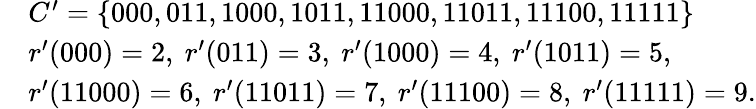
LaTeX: \begin{array}{rl}&{C^{\prime}=\{ 000,011,1000,1011,11000,11011,11100,11111\} }\\ &{r^{\prime}(000)=2,\ r^{\prime}(011)=3,\ r^{\prime}(1000)=4,\ r^{\prime}(1011)=5,}\\ &{r^{\prime}(11000)=6,\ r^{\prime}(11011)=7,\ r^{\prime}(11100)=8,\ r^{\prime}(11111)=9.}\end{array}